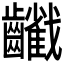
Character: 𪙻